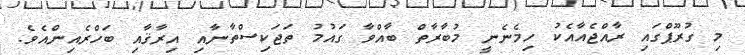
މި ގުރޫޕްގައި ރާއްޖެއާއެކު ހިމެނެނީ މުބާރާތް ބާއްވާ ގައުމު ތަޖަކިސްތާނާއި އިރާޤާއި ބަހްރެއިންއެވެ.